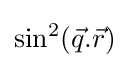
\sin ^{2}({\vec {q}}.{\vec {r}})